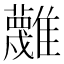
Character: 𩁝